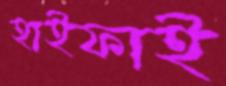
হাইফাই